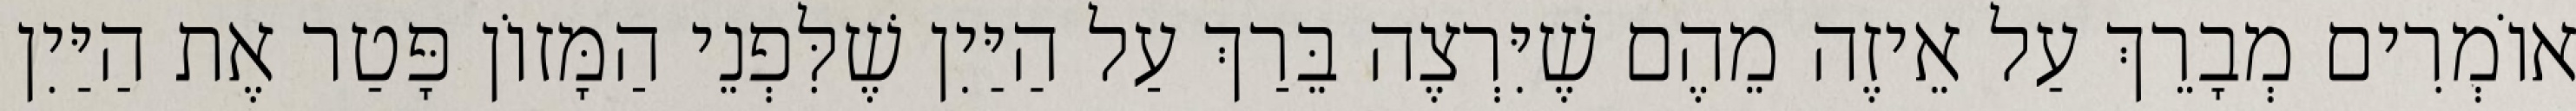
אוֹמְרִים מְבָרֵךְ עַל אֵיזֶה מֵהֶם שֶׁיִּרְצֶה בֵּרַךְ עַל הַיַּיִן שֶׁלִּפְנֵי הַמָּזוֹן פָּטַר אֶת הַיַּיִן